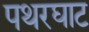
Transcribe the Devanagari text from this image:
पथरघाट